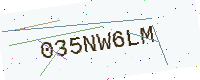
Text: 035NW6LM